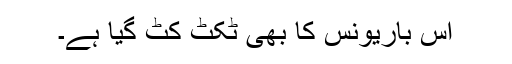
اس باریونس کا بھی ٹکٹ کٹ گیا ہے۔